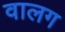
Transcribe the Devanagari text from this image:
वालग